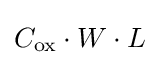
C_{\text{ox}}\cdot W\cdot L